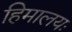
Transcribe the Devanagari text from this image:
हिमालयः